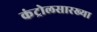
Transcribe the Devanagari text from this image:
कंट्रोलसारख्या